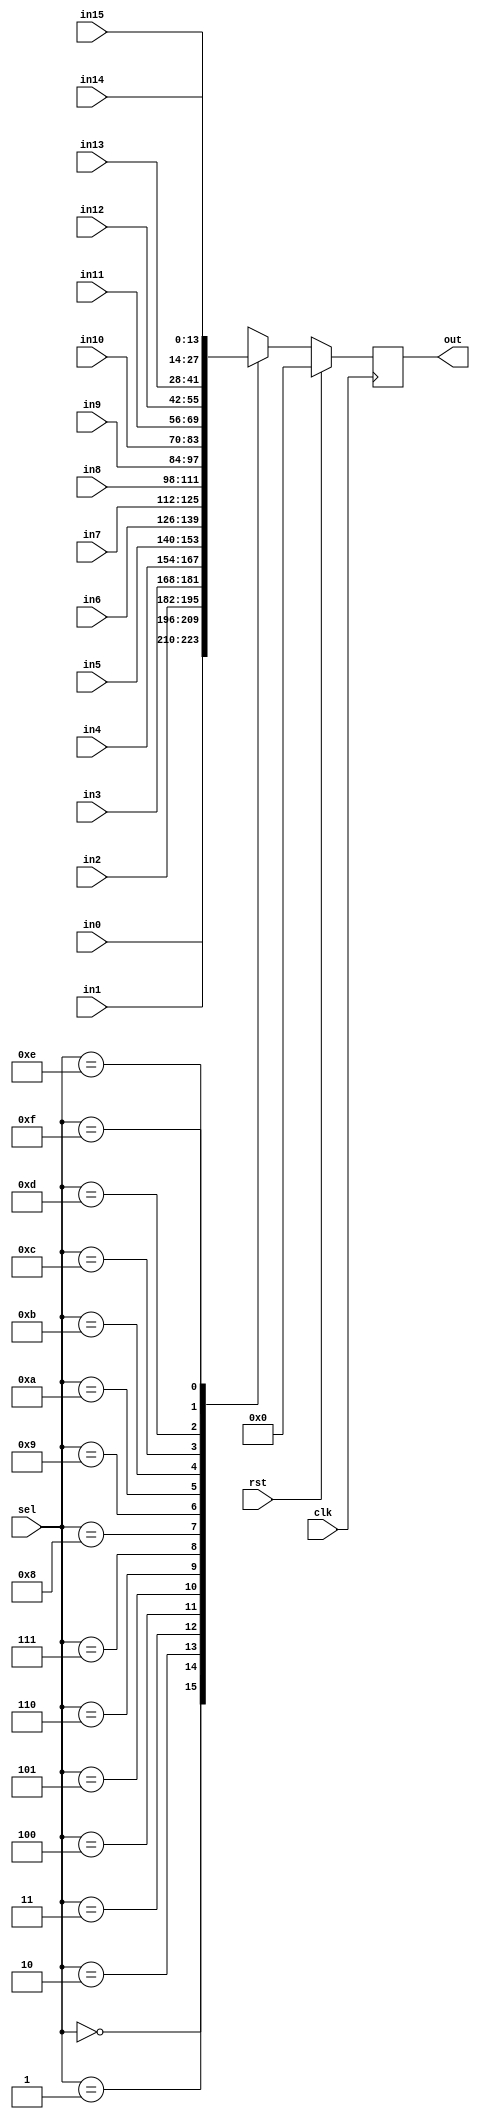
//////////////////////////////////////////////////////////////////////////////////
//(* dont_touch = "true" *)
//(* black_box *)


//(* keep_hierarchy = "true" *) 
module muxer_reg4 #(
   parameter     RES = 14 
)
(
   // input
   input                 clk,rst,
   input      [  4-1: 0] sel,             // Select wire 0-15
   input      [RES-1: 0] in0,
   input      [RES-1: 0] in1,
   input      [RES-1: 0] in2,
   input      [RES-1: 0] in3,
   input      [RES-1: 0] in4,
   input      [RES-1: 0] in5,
   input      [RES-1: 0] in6,
   input      [RES-1: 0] in7,
   input      [RES-1: 0] in8,
   input      [RES-1: 0] in9,
   input      [RES-1: 0] in10,
   input      [RES-1: 0] in11,
   input      [RES-1: 0] in12,
   input      [RES-1: 0] in13,
   input      [RES-1: 0] in14,
   input      [RES-1: 0] in15,

   // output
   output reg [RES-1: 0] out                // output data
);


// switch
always @(posedge clk)
   if (rst)
      out      <=  4'b0; 
   else
      case (sel)
         4'd00   :  out  <= in0  ;
         4'd01   :  out  <= in1  ;
         4'd02   :  out  <= in2  ;
         4'd03   :  out  <= in3  ;
         4'd04   :  out  <= in4  ;
         4'd05   :  out  <= in5  ;
         4'd06   :  out  <= in6  ;
         4'd07   :  out  <= in7  ;
         4'd08   :  out  <= in8  ;
         4'd09   :  out  <= in9  ;
         4'd10   :  out  <= in10 ;
         4'd11   :  out  <= in11 ;
         4'd12   :  out  <= in12 ;
         4'd13   :  out  <= in13 ;
         4'd14   :  out  <= in14 ;
         4'd15   :  out  <= in15 ;
         default :  out  <= 4'b0 ; 
      endcase ;
   
 


endmodule

/*
muxer_reg4  #( .RES ( 14 ) ) i_muxer_reg4_NOMBRE (
    // input
   .clk(clk),.rst(rst),    .sel (  sel  ), // select cable
    .in0  ( 14'b0 ), // in0 
    .in1  ( 14'b0 ), // in1 
    .in2  ( 14'b0 ), // in2 
    .in3  ( 14'b0 ), // in3 
    .in4  ( 14'b0 ), // in4 
    .in5  ( 14'b0 ), // in5 
    .in6  ( 14'b0 ), // in6 
    .in7  ( 14'b0 ), // in7 
    .in8  ( 14'b0 ), // in8 
    .in9  ( 14'b0 ), // in9 
    .in10 ( 14'b0 ), // in10
    .in11 ( 14'b0 ), // in11
    .in12 ( 14'b0 ), // in12
    .in13 ( 14'b0 ), // in13
    .in14 ( 14'b0 ), // in14
    .in15 ( 14'b0 ), // in15
    // output
    .out ( out   )
);
*/